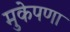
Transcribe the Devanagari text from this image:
मुकेपणा